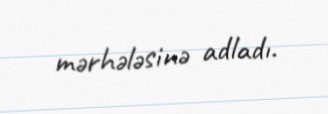
mərhələsinə adladı.